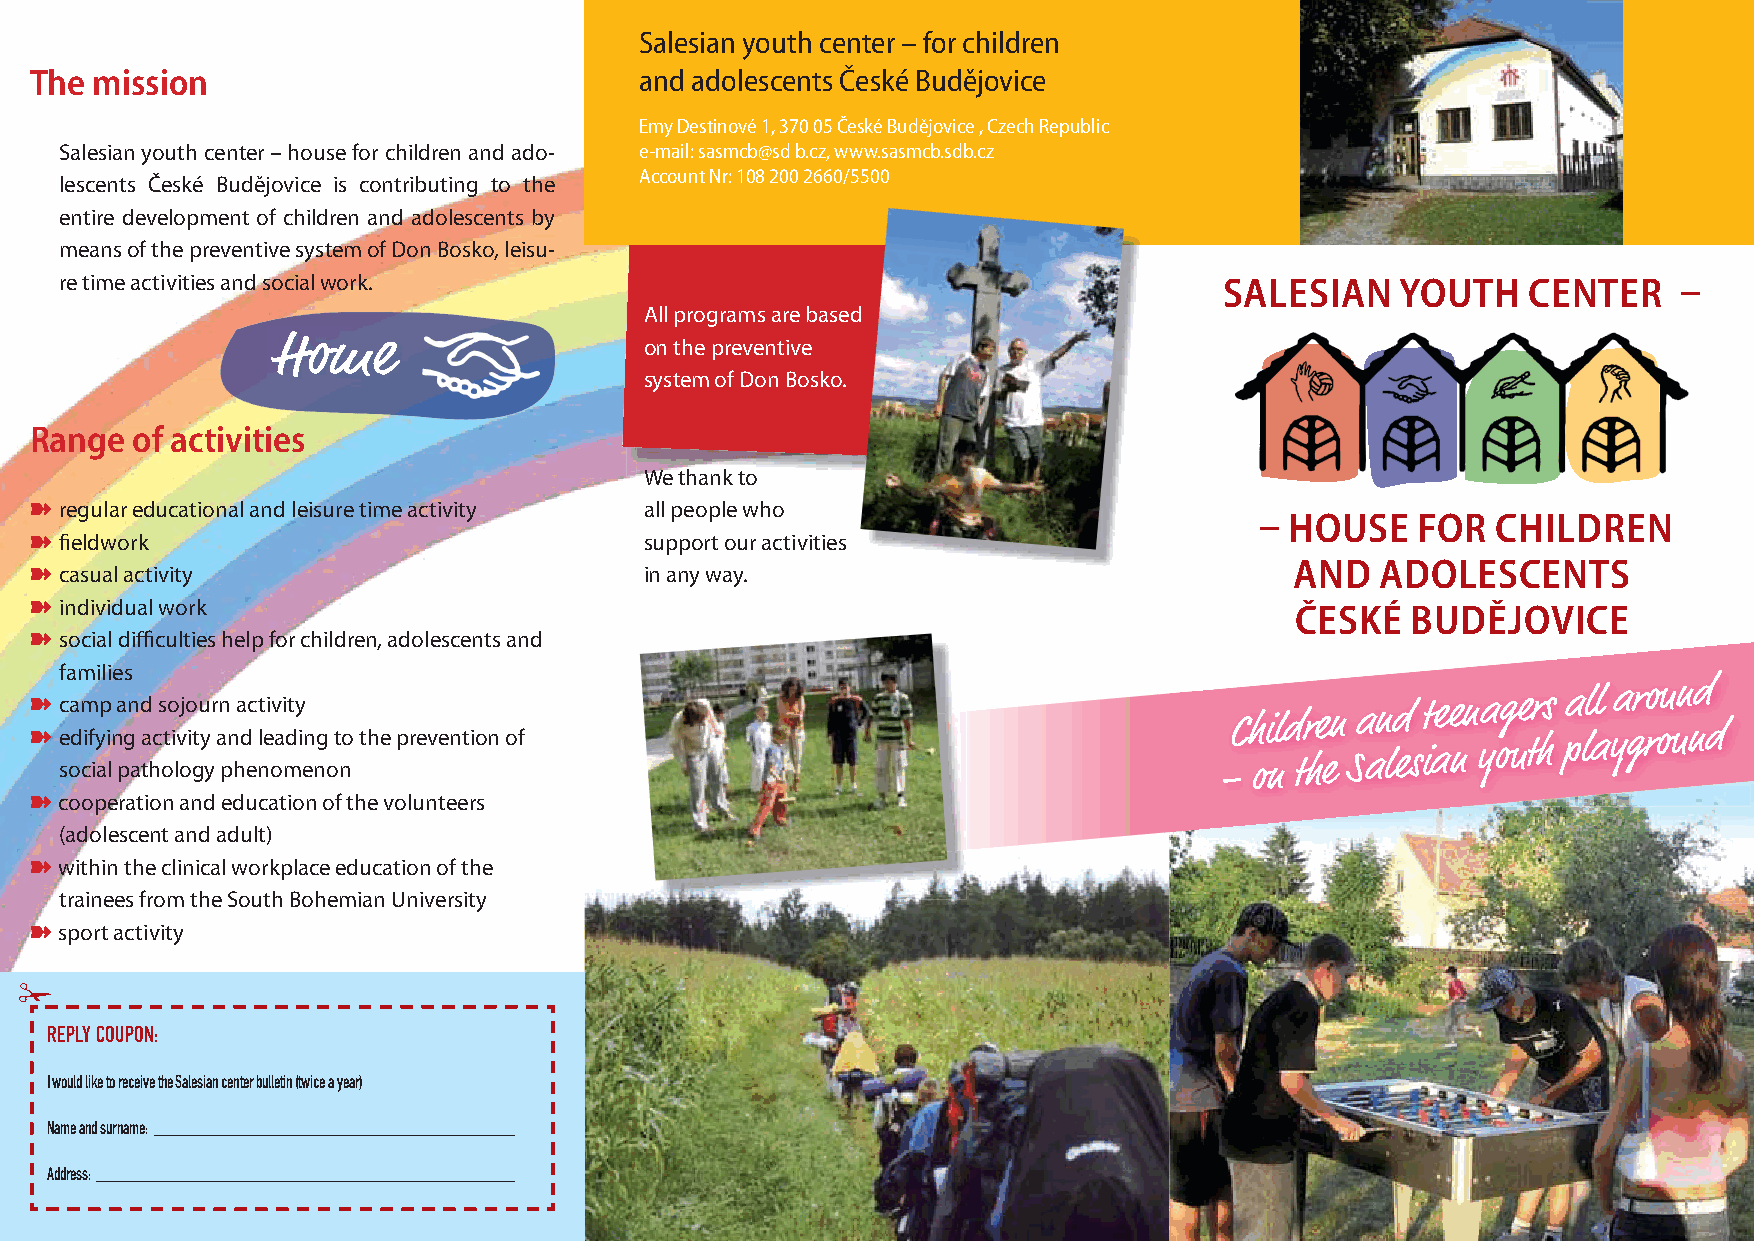
Salesian youth center – for children
 The mission                             and adolescents České Budějovice
 Emy Destinové 1, 370 05 České Budějovice , Czech Republic
 Salesian youth center – house for children and ado- e-mail: sasmcb@sd b.cz, www.sasmcb.sdb.cz
 Account Nr: 108 200 2660/5500
 lescents České Budějovice is contributing to the
 entire development of children and adolescents by
 means of the preventive system of Don Bosko, leisu-
 re time activities and social work.                                          SALESIAN    YOUTH   CENTER    
 All programs are based
 Home                     on the preventive
 system of Don Bosko.
 Range  of activities
 We thank to
 ➽ regular educational and leisure time activity all people who
  HOUSE    FOR  CHILDREN
 ➽ fi eldwork                             support our activities
 AND  ADOLESCENTS
 ➽ casual activity                        in any way.
 ➽ individual work                                                                   ČESKÉ  BUDĚJOVICE
 ➽ social diffi culties help for children, adolescents and
 families
 ➽ ➽ c e soa dm cif iy ap i ln a pgn
 a
 d ta hc s oto i lv ojo i gtu y yr an pn ha d ec lt nei ov ai mdty i en ng
 o
 t no the prevention of                                     –C h oi nld tr he en
 S
 a an ld
 es
 it aee nn ya og ue tr hs pa ll al ya gr ro ou un nd d
 ➽ cooperation and education of the volunteers
 (adolescent and adult)
 ➽ within the clinical workplace education of the
 trainees from the South Bohemian University
 ➽ sport activity
 ✁
 REPLY COUPON:
 I would like to receive the Salesian center bulletin (twice a year)
 Name and surname: ____________________________________________
 Address: ___________________________________________________